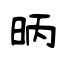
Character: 昞